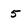
Character: 5